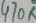
Text: 470R